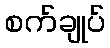
စက်ချုပ်